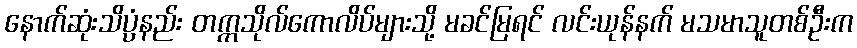
နောက်ဆုံးသိပ္ပံနည်း တက္ကသိုလ်ကောလိပ်များသို့ မခင်မြရင် လင်းယုန်နက် မသမာသူတစ်ဦးက